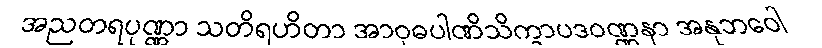
အညတရပုဏ္ဏာ သတိရဟိတာ အာဝုဓပါဏိသိက္ခာပဒဝဏ္ဏနာ အနုဘဝေါ